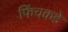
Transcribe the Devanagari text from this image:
फिंचकडे